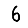
Digit: 6